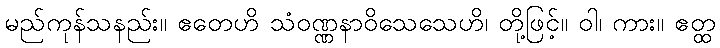
မည်ကုန်သနည်း။ ဧတေဟိ သံဝဏ္ဏနာဝိသေသေဟိ၊ တို့ဖြင့်။ ဝါ၊ ကား။ ဧတ္ထ